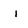
Character: i